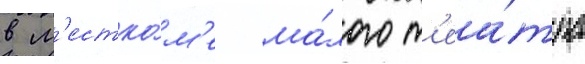
в м'естко́м'е ма́лого т'еа́тра